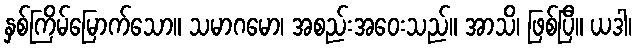
နှစ်ကြိမ်မြောက်သော။ သမာဂမော၊ အစည်းအဝေးသည်။ အာသိ၊ ဖြစ်ပြီ။ ယဒါ၊